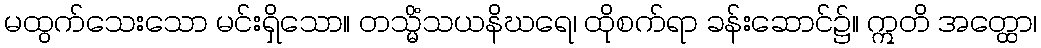
မထွက်သေးသော မင်းရှိသော။ တသ္မိံသယနိဃရေ၊ ထိုစက်ရာ ခန်းဆောင်၌။ ဣတိ အတ္ထော၊